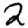
Digit: 2